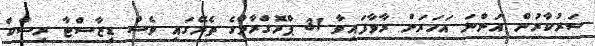
ސަރުކާރުން އަންނަ އަހަރަށް ރާވާފައިވާ 31 ޕްރޮގްރާމްގެ ތެރޭގައި ވެސް ޑިޒާސްޓާ ރިސްކް